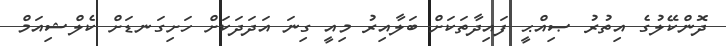
ދޮންކޭލުގެ އިތުރު ޞިއްޙީ ފައިދާތަކަށް ބަލާއިރު މިއީ ގިނަ އަދަދަކަށް ހަށިގަނޑަށް ކެލްޝިއަމް